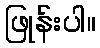
ဖြုန်းပါ။